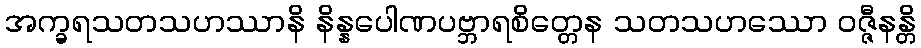
အက္ခရသတသဟဿာနိ နိန္နပေါဏပဗ္ဘာရစိတ္တေန သတသဟဿော ဝဇ္ဇီနန္တိ